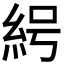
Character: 𰫟